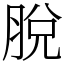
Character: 脫